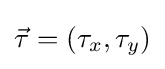
{\vec {\tau }}=(\tau _{x},\tau _{y})